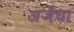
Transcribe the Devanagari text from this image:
अर्जेचा